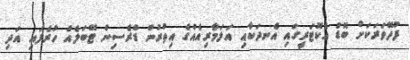
ފުދޭވަރަކަށް ބޮޑު އެކޮޓަރީގައި އެނދަކާއި އަލަމާރިއެއްގެ އިތުރުން ޑްރެސިން ޓޭބަލެއް ހުރެފައި އަދި